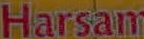
Harsam